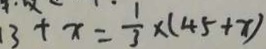
1 3 + x = \frac { 1 } { 3 } \times ( 4 5 + x )